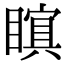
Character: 𭿜